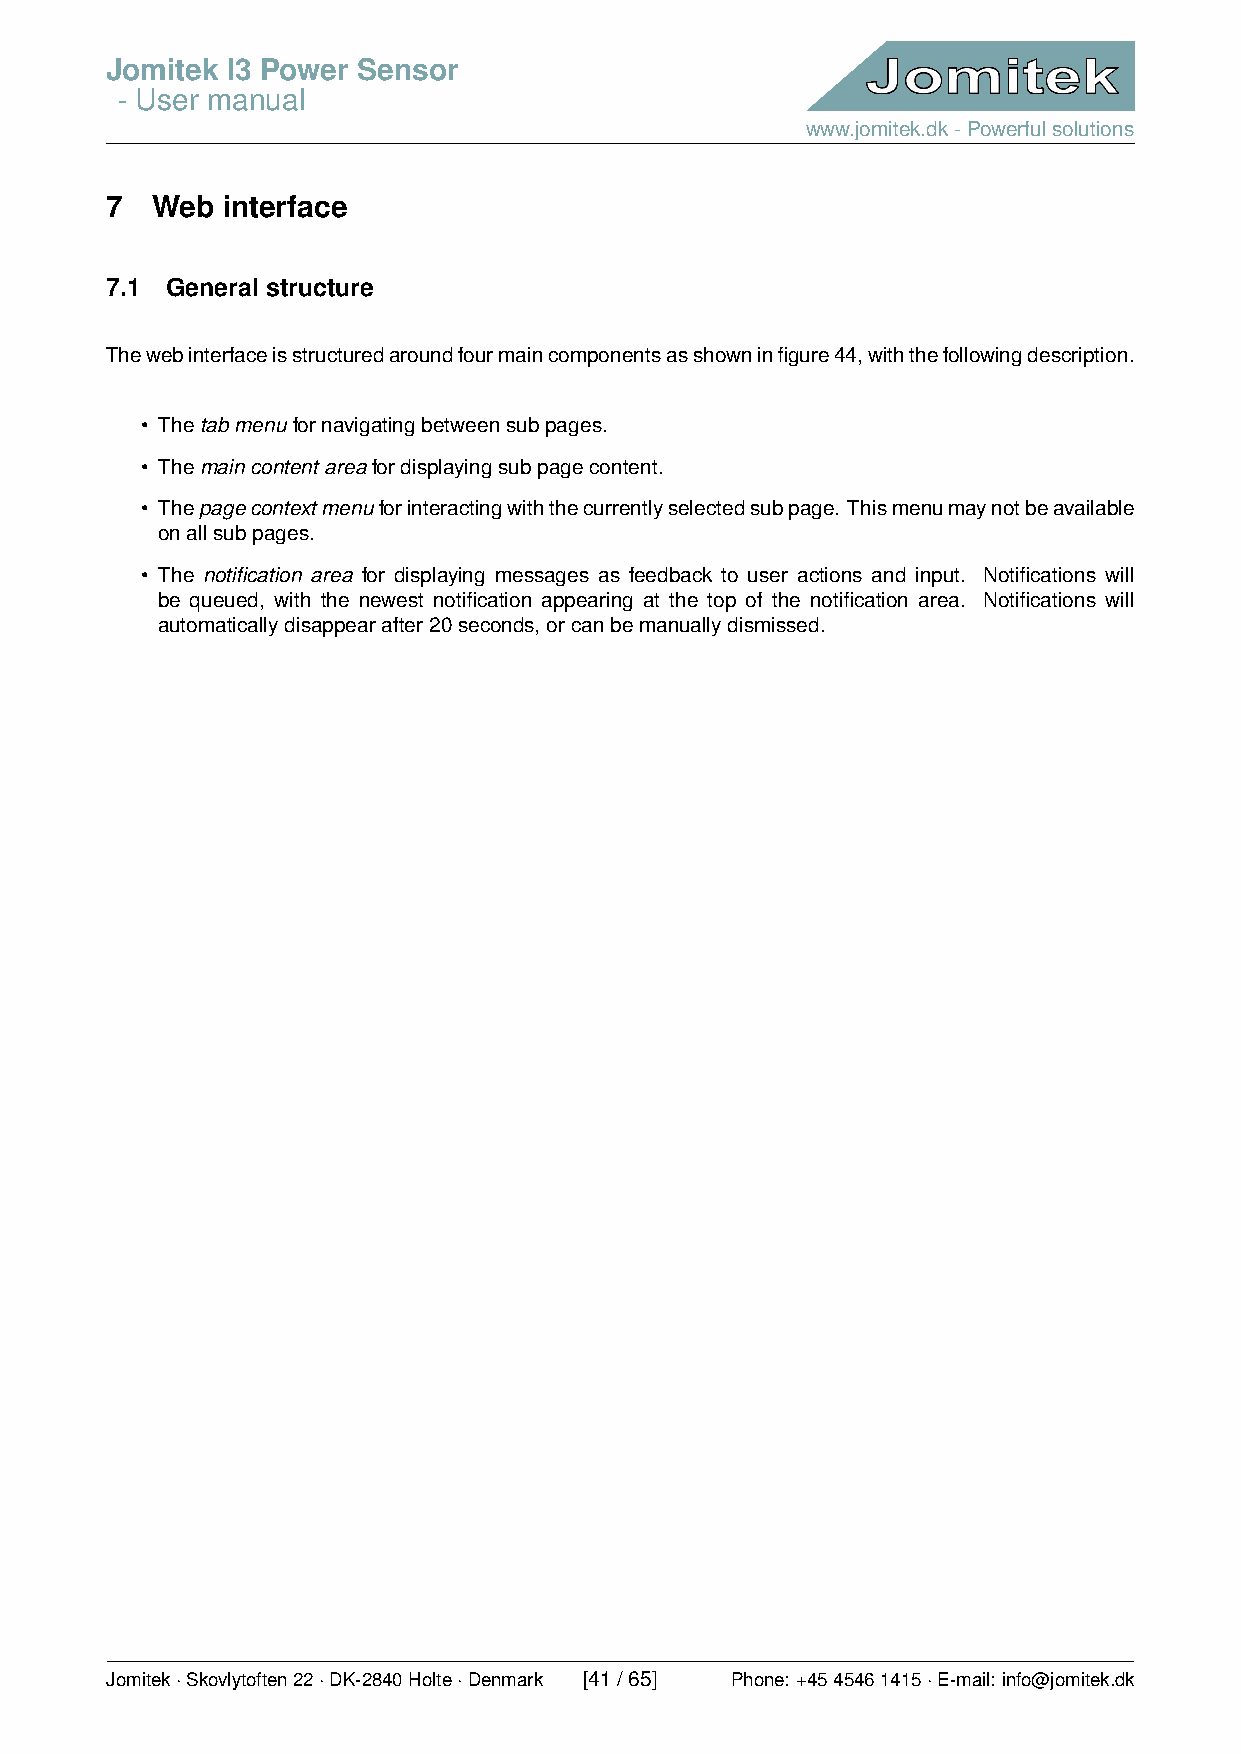
Jomitek I3 Power Sensor
 - User manual
 www.jomitek.dk-Powerfulsolutions
 7  Web  interface
 7.1 General structure
 Thewebinterfaceisstructuredaroundfourmaincomponentsasshowninfigure44,withthefollowingdescription.
 • Thetabmenu fornavigatingbetweensubpages.
 • Themaincontentareafordisplayingsubpagecontent.
 • Thepagecontextmenuforinteractingwiththecurrentlyselectedsubpage. Thismenumaynotbeavailable
 onallsubpages.
 • The notification area for displaying messages as feedback to user actions and input. Notifications will
 be queued, with the newest notification appearing at the top of the notification area. Notifications will
 automaticallydisappearafter20seconds,orcanbemanuallydismissed.
 Jomitek·Skovlytoften22·DK-2840Holte·Denmark [41/65] Phone: +4545461415·E-mail: info@jomitek.dk